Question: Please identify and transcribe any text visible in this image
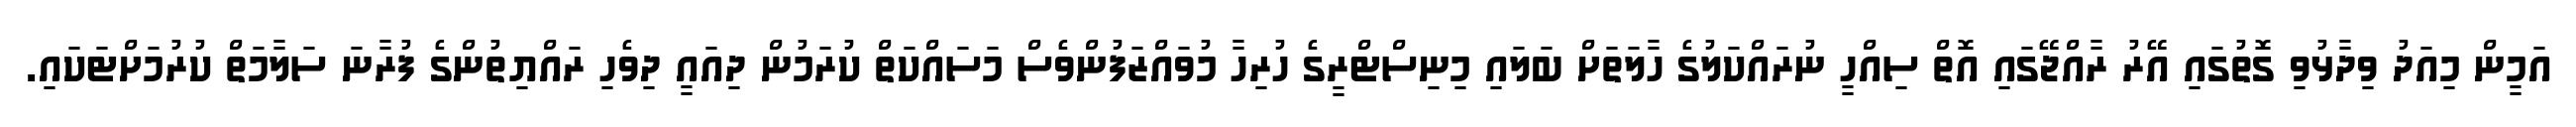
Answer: އަމީން މިއަދު ވިދާޅުވި ގޮތުގައި އޭރު ރާއްޖޭގައި އޮތް ސިއްހީ ނުރައްކަލުގެ ހާލަތަށް ބަލައި މިނިސްޓްރީގެ ހުރިހާ މުވައްޒަފުންވެސް މަސައްކަތް ކުރަމުން ދިއައީ ދިވެހި ރައްޔިތުންގެ ފުރާނަ ސަލާމަތް ކުރުމަށްޓަކައި.